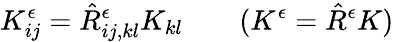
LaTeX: K_{ij}^{\epsilon}=\hat{R}_{ij,kl}^{\epsilon}K_{kl}\quad\quad(K^{\epsilon}=\hat{R}^{\epsilon}K)